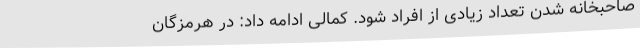
صاحبخانه شدن تعداد زیادی از افراد شود. کمالی ادامه‌ داد: در هرمزگان